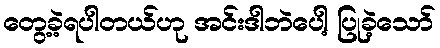
တွေ့ခဲ့ရပါတယ်ဟု အင်းဒါဘဲပေါ့ ပြုခဲ့သော်